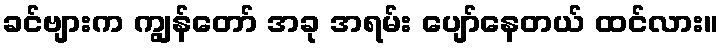
ခင်ဗျားက ကျွန်တော် အခု အရမ်း ပျော်နေတယ် ထင်လား။